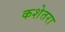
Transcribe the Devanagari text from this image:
कशेतरा